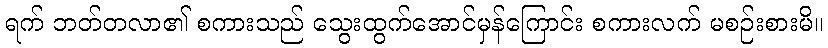
ရက် ဘတ်တလာ၏ စကားသည် သွေးထွက်အောင်မှန်ကြောင်း စကားလက် မစဉ်းစားမိ။